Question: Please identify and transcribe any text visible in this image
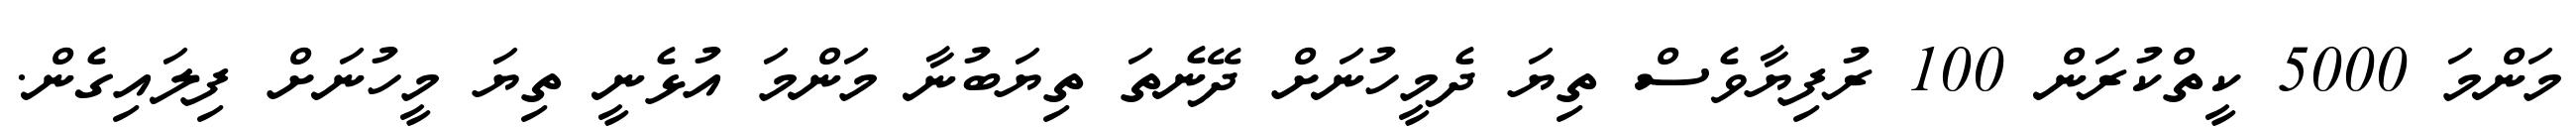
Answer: މަންމަ 5000 ކީތްކުރަން 100 ރުފިޔާވެސް ތިޔަ ދެމީހުނަށް ދޭނެތަ ތިޔަބުނާ މަންމަ އުޅެނީ ތިޔަ މީހުނަށް ފިލައިގެން.